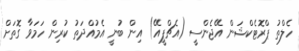
ހެލްތު ޕްރޮޓެކްޝަން އޭޖެންސީ (އެޗްޕީއޭ) އިން ބުނީ އެމުއްދަތު ކުރިން ހަމަވާ ގޮތަށް